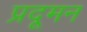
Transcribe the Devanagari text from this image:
प्रदूमन